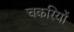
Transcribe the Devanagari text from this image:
चकरियों